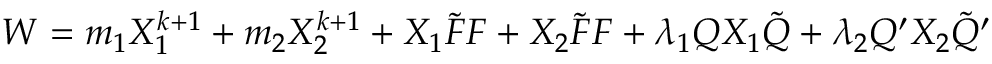
W = m _ { 1 } X _ { 1 } ^ { k + 1 } + m _ { 2 } X _ { 2 } ^ { k + 1 } + X _ { 1 } \tilde { F } F + X _ { 2 } \tilde { F } F + \lambda _ { 1 } Q X _ { 1 } \tilde { Q } + \lambda _ { 2 } Q ^ { \prime } X _ { 2 } \tilde { Q } ^ { \prime }